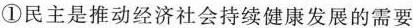
①民主是推动经济社会持续健康发展的需要